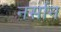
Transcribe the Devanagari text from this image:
नर्सान